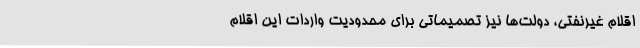
اقلام غیرنفتی، دولت‌ها نیز تصمیماتی برای محدودیت واردات این اقلام